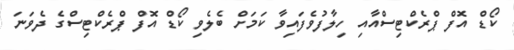
ކޯޑް އޮފް ޕްރެކްޓިސްއާއި ހިލާފުވެފައިވާ ކަމަށް ބެލެވި ކޯޑް އޮފް ޕްރެކްޓިސްގެ ދެވަނަ